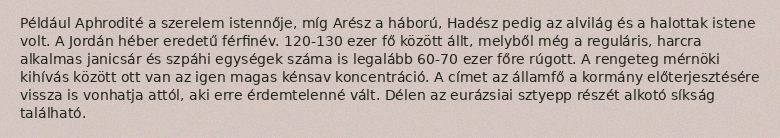
Például Aphrodité a szerelem istennője, míg Arész a háború, Hadész pedig az alvilág és a halottak istene volt. A Jordán héber eredetű férfinév. 120-130 ezer fő között állt, melyből még a reguláris, harcra alkalmas janicsár és szpáhi egységek száma is legalább 60-70 ezer főre rúgott. A rengeteg mérnöki kihívás között ott van az igen magas kénsav koncentráció. A címet az államfő a kormány előterjesztésére vissza is vonhatja attól, aki erre érdemtelenné vált. Délen az eurázsiai sztyepp részét alkotó síkság található.